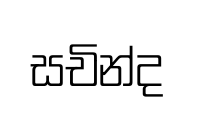
සචින්ද